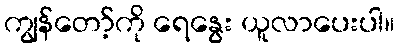
ကျွန်တော့်ကို ရေနွေး ယူလာပေးပါ။